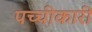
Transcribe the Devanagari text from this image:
पच्‍चीकारी